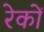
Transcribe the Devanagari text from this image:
रेकों